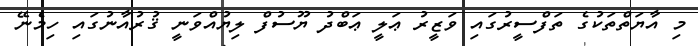
މި އާޔަތްތަކުގެ ތަފްސީރުގައި ވަޒީރު ޢަލީ ޢަބްދު ޔޫސުފް ލިޔުއްވަނީ ޤުރުއާނުގައި ހިމެނޭ